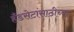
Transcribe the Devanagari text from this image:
हँडसेटांसाठीच्या